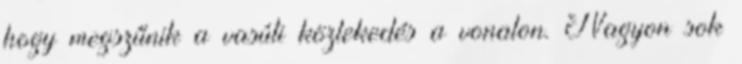
hogy megszűnik a vasúti közlekedés a vonalon. Nagyon sok